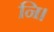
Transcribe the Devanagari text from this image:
नि।